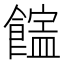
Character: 𩞜